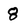
Character: 8